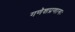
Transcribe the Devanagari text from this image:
गणेशप्रणामः